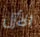
الأزل